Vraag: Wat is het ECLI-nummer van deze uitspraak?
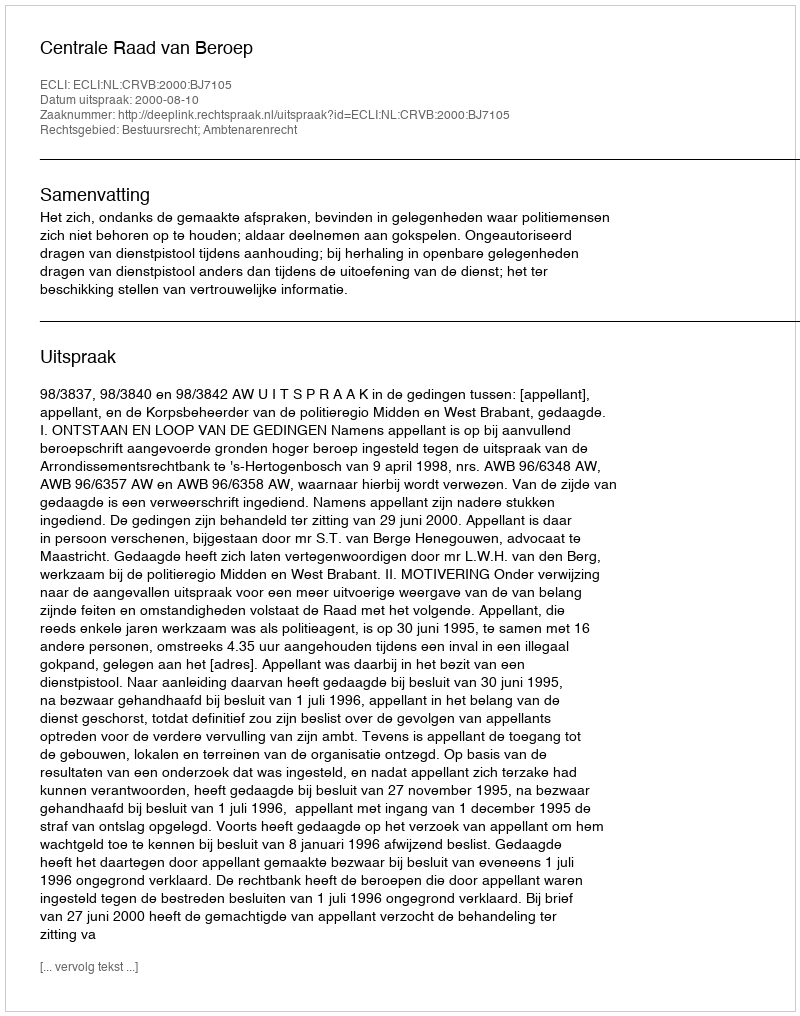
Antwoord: ECLI:NL:CRVB:2000:BJ7105